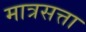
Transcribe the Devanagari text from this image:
मात्रसत्ता